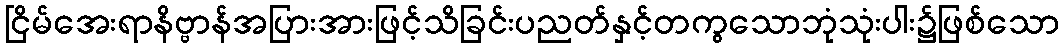
ငြိမ်အေးရာနိဗ္ဗာန်အပြားအားဖြင့်သိခြင်းပညတ်နှင့်တကွသောဘုံသုံးပါး၌ဖြစ်သော